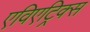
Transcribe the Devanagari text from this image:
एविएट्रिक्स